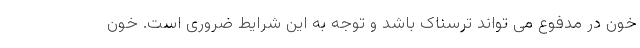
خون در مدفوع می تواند ترسناک باشد و توجه به این شرایط ضروری است. خون